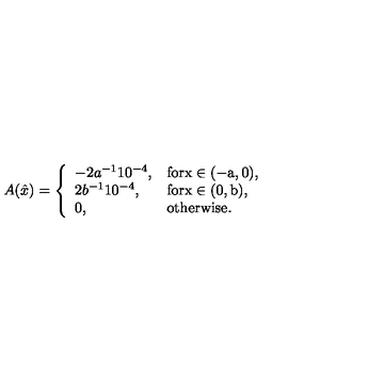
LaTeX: A ( \hat { x } ) = \left\{ \begin{array} { l l } { - 2 a ^ { - 1 } 1 0 ^ { - 4 } , } & { \mathrm { f o r x \in ( - a , 0 ) } , } \\ { 2 b ^ { - 1 } 1 0 ^ { - 4 } , } & { \mathrm { f o r x \in ( 0 , b ) } , } \\ { 0 , } & { \mathrm { o t h e r w i s e } . } \\ \end{array} \right.